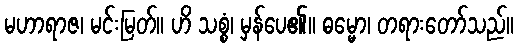
မဟာရာဇ၊ မင်းမြတ်။ ဟိ သစ္စံ၊ မှန်ပေ၏။ ဓမ္မော၊ တရားတော်သည်။